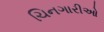
ચિનગારીઓ